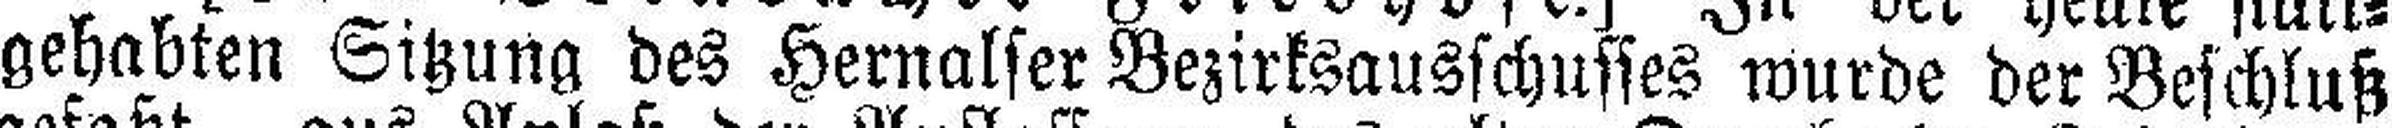
gehabten Sitzung des Hernalser Bezirksausschusses wurde der Beschluß